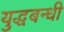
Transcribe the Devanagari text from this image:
युद्धबन्धी